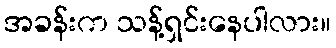
အခန်းက သန့်ရှင်းနေပါလား။